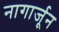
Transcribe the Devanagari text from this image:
नागार्जून